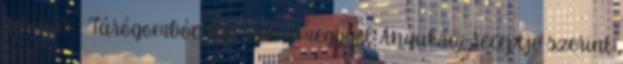
kihívás. . Túrógombóc egy szem meggyel Anyukám receptje szerint